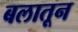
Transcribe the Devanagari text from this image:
बलातून